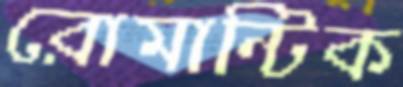
রোমান্টিক